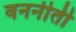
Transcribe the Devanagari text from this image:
वननीती